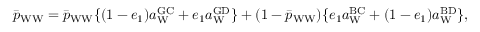
\bar { p } _ { \mathrm { W W } } = \bar { p } _ { \mathrm { W W } } \{ ( 1 - e _ { 1 } ) a _ { \mathrm { W } } ^ { \mathrm { G C } } + e _ { 1 } a _ { \mathrm { W } } ^ { \mathrm { G D } } \} + ( 1 - \bar { p } _ { \mathrm { W W } } ) \{ e _ { 1 } a _ { \mathrm { W } } ^ { \mathrm { B C } } + ( 1 - e _ { 1 } ) a _ { \mathrm { W } } ^ { \mathrm { B D } } \} ,